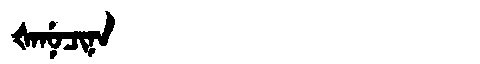
Manchu: ᡧᠠᠨᡠᠴᡳᠨᠠ
Romanization: ŠANUCINA